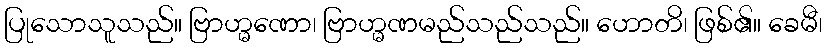
ပြုသောသူသည်။ ဗြာဟ္မဏော၊ ဗြာဟ္မဏမည်သည်သည်။ ဟောတိ၊ ဖြစ်၏။ ခေမီ၊